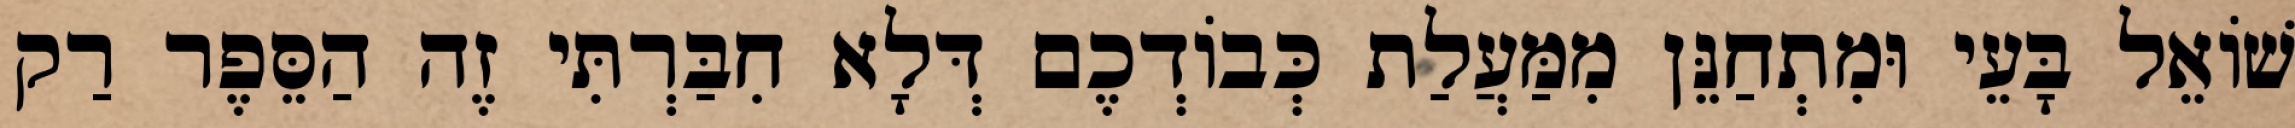
שׁוֹאֵל בָּעֵי וּמִתְחַנֵּן מִמַּעֲלַת כְּבוֹדְכֶם דְּלָא חִבַּרְתִּי זֶה הַסֵּפֶר רַק